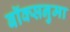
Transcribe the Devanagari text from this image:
बॉक्सनुमा